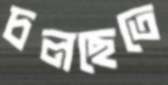
চলছেতে